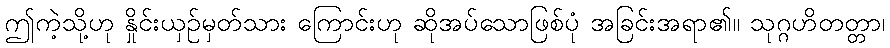
ဤကဲ့သို့ဟု နှိုင်းယှဉ်မှတ်သား ကြောင်းဟု ဆိုအပ်သောဖြစ်ပုံ အခြင်းအရာ၏။ သုဂ္ဂဟိတတ္တာ၊